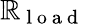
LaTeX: \mathbb{R}_{\mathrm{{~l~o~a~d~}}}